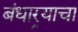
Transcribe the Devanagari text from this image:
बंधार्‍याचा